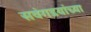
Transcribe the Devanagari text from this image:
सवंगडयांच्या